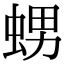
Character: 𧋱